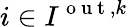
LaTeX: i\in I^{\mathrm{~o~u~t~},k}